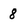
Character: 8